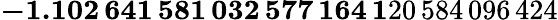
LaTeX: \mathbf{-1.102\, 641\, 581\, 032\, 577\, 164\, 1}20\, 584\, 096\, 424